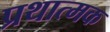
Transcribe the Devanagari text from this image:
प्रथात्मक